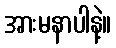
အားမနာပါနဲ့။